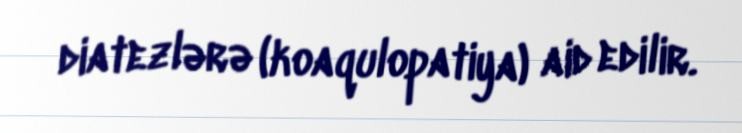
diatezlərə (koaqulopatiya) aid edilir.